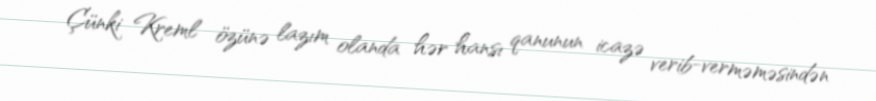
Çünki Kreml özünə lazım olanda hər hansı qanunun icazə verib-verməməsindən